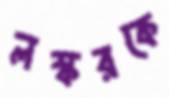
লস্করকে